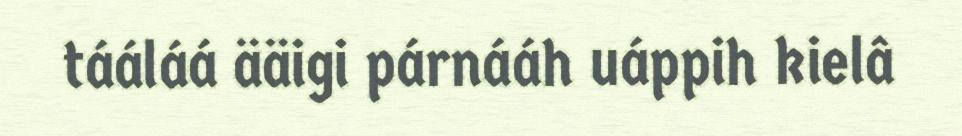
tááláá ääigi párnááh uáppih kielâ